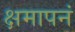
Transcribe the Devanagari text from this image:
क्षमापनं